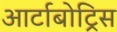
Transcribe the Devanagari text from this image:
आर्टाबोट्रिस